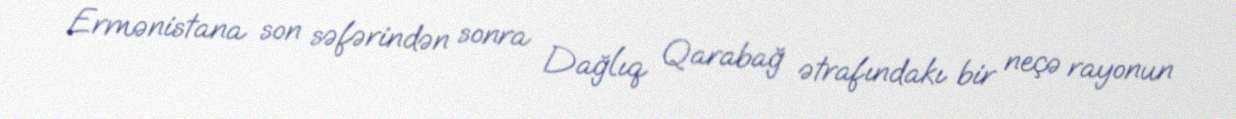
Ermənistana son səfərindən sonra Dağlıq Qarabağ ətrafındakı bir neçə rayonun